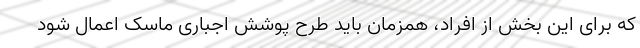
که برای این بخش از افراد، همزمان باید طرح پوشش اجباری ماسک اعمال شود